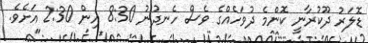
ޑޮލަރު ދޫކުރާނީ ކޮންމެ ދުވަހެއްގެ ވެސް ހެނދުނު 8:30 އިން 2:30 އަށެވެ.